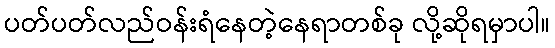
ပတ်ပတ်လည်ဝန်းရံနေတဲ့နေရာတစ်ခု လို့ဆိုရမှာပါ။